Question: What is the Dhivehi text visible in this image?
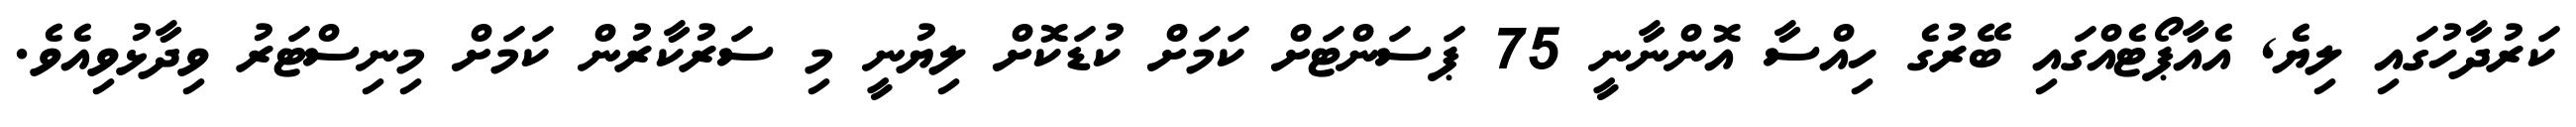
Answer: ކަރުދާހުގައި ލިޔެ, އެއާޕޯޓެއްގައި ބޭރުގެ ހިއްސާ އޮންނާނީ 75 ޕަސަންޓަށް ކަމަށް ކުޑަކޮށް ލިޔުނީ މި ސަރުކާރުން ކަމަށް މިނިސްޓަރު ވިދާޅުވިއެވެ.